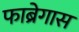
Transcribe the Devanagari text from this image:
फाब्रेगास